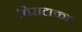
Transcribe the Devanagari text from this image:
विराटाकार